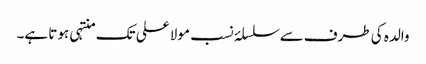
والدہ کی طرف سے سلسلۂ نسب مولا علی تک منتہی ہوتا ہے۔